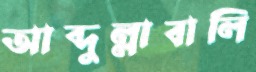
আব্দুল্লাবালি